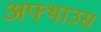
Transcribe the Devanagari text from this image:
अफ्थाउस